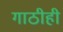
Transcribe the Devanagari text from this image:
गाठीही